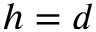
h = d